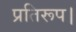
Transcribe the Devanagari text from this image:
प्रतिरूप।